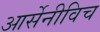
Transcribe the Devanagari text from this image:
आर्सेनीविच